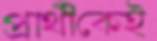
প্রার্থীকেই